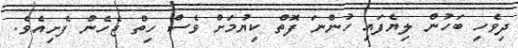
ދިވެހި ބަހުން ލިޔެފައި ހުންނަ ފޮތް ކިޔުމަށް ވެސް ހިތް ޖެހެން ފެށިއެވެ.